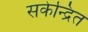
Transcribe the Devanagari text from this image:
सकेन्द्रित